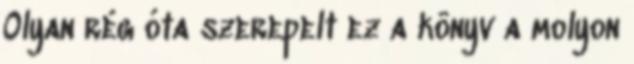
Olyan rég óta szerepelt ez a könyv a molyon